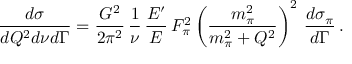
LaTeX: \frac { d \sigma } { d Q ^ { 2 } d \nu d \Gamma } = \frac { G ^ { 2 } } { 2 \pi ^ { 2 } } \, \frac { 1 } { \nu } \, \frac { E ^ { \prime } } { E } \, F _ { \pi } ^ { 2 } \left( \frac { m _ { \pi } ^ { 2 } } { m _ { \pi } ^ { 2 } + Q ^ { 2 } } \right) ^ { 2 } \, \frac { d \sigma _ { \pi } } { d \Gamma } \, .